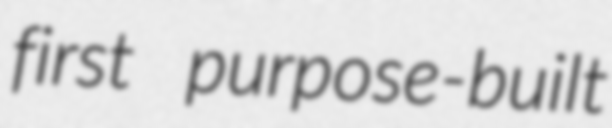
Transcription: first purpose-built